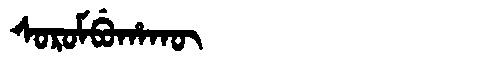
Manchu: ᠰᠣᡵᠣᠮᠪᡠᡥᠠᡴᡡ
Romanization: SOROMBUHAKŪ